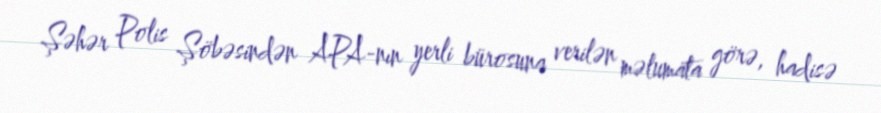
Şəhər Polis Şöbəsindən APA-nın yerli bürosuna verilən məlumata görə, hadisə